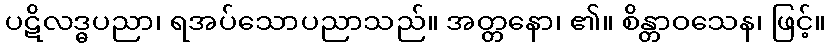
ပဋိလဒ္ဓပညာ၊ ရအပ်သောပညာသည်။ အတ္တနော၊ ၏။ စိန္တာဝသေန၊ ဖြင့်။